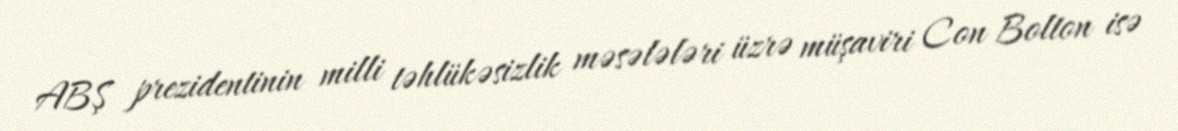
ABŞ prezidentinin milli təhlükəsizlik məsələləri üzrə müşaviri Con Bolton isə